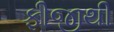
ફીજીથી